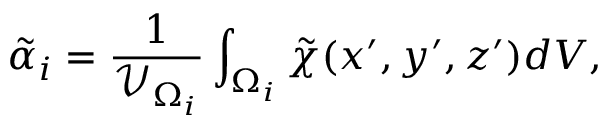
\Tilde { \alpha } _ { i } = \frac { 1 } { \mathcal { V } _ { \Omega _ { i } } } \int _ { \Omega _ { i } } \tilde { \chi } ( x ^ { \prime } , y ^ { \prime } , z ^ { \prime } ) d V ,